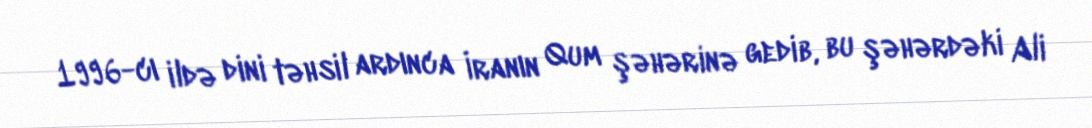
1996-cı ildə dini təhsil ardınca İranın Qum şəhərinə gedib, bu şəhərdəki Ali